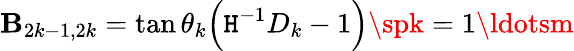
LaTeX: \mathbf{B}_{2k-1,2k}=\tan\theta_{k}\Big(\mathtt{H}^{-1}D_{k}-1\Big)\spk=1\ldotsm